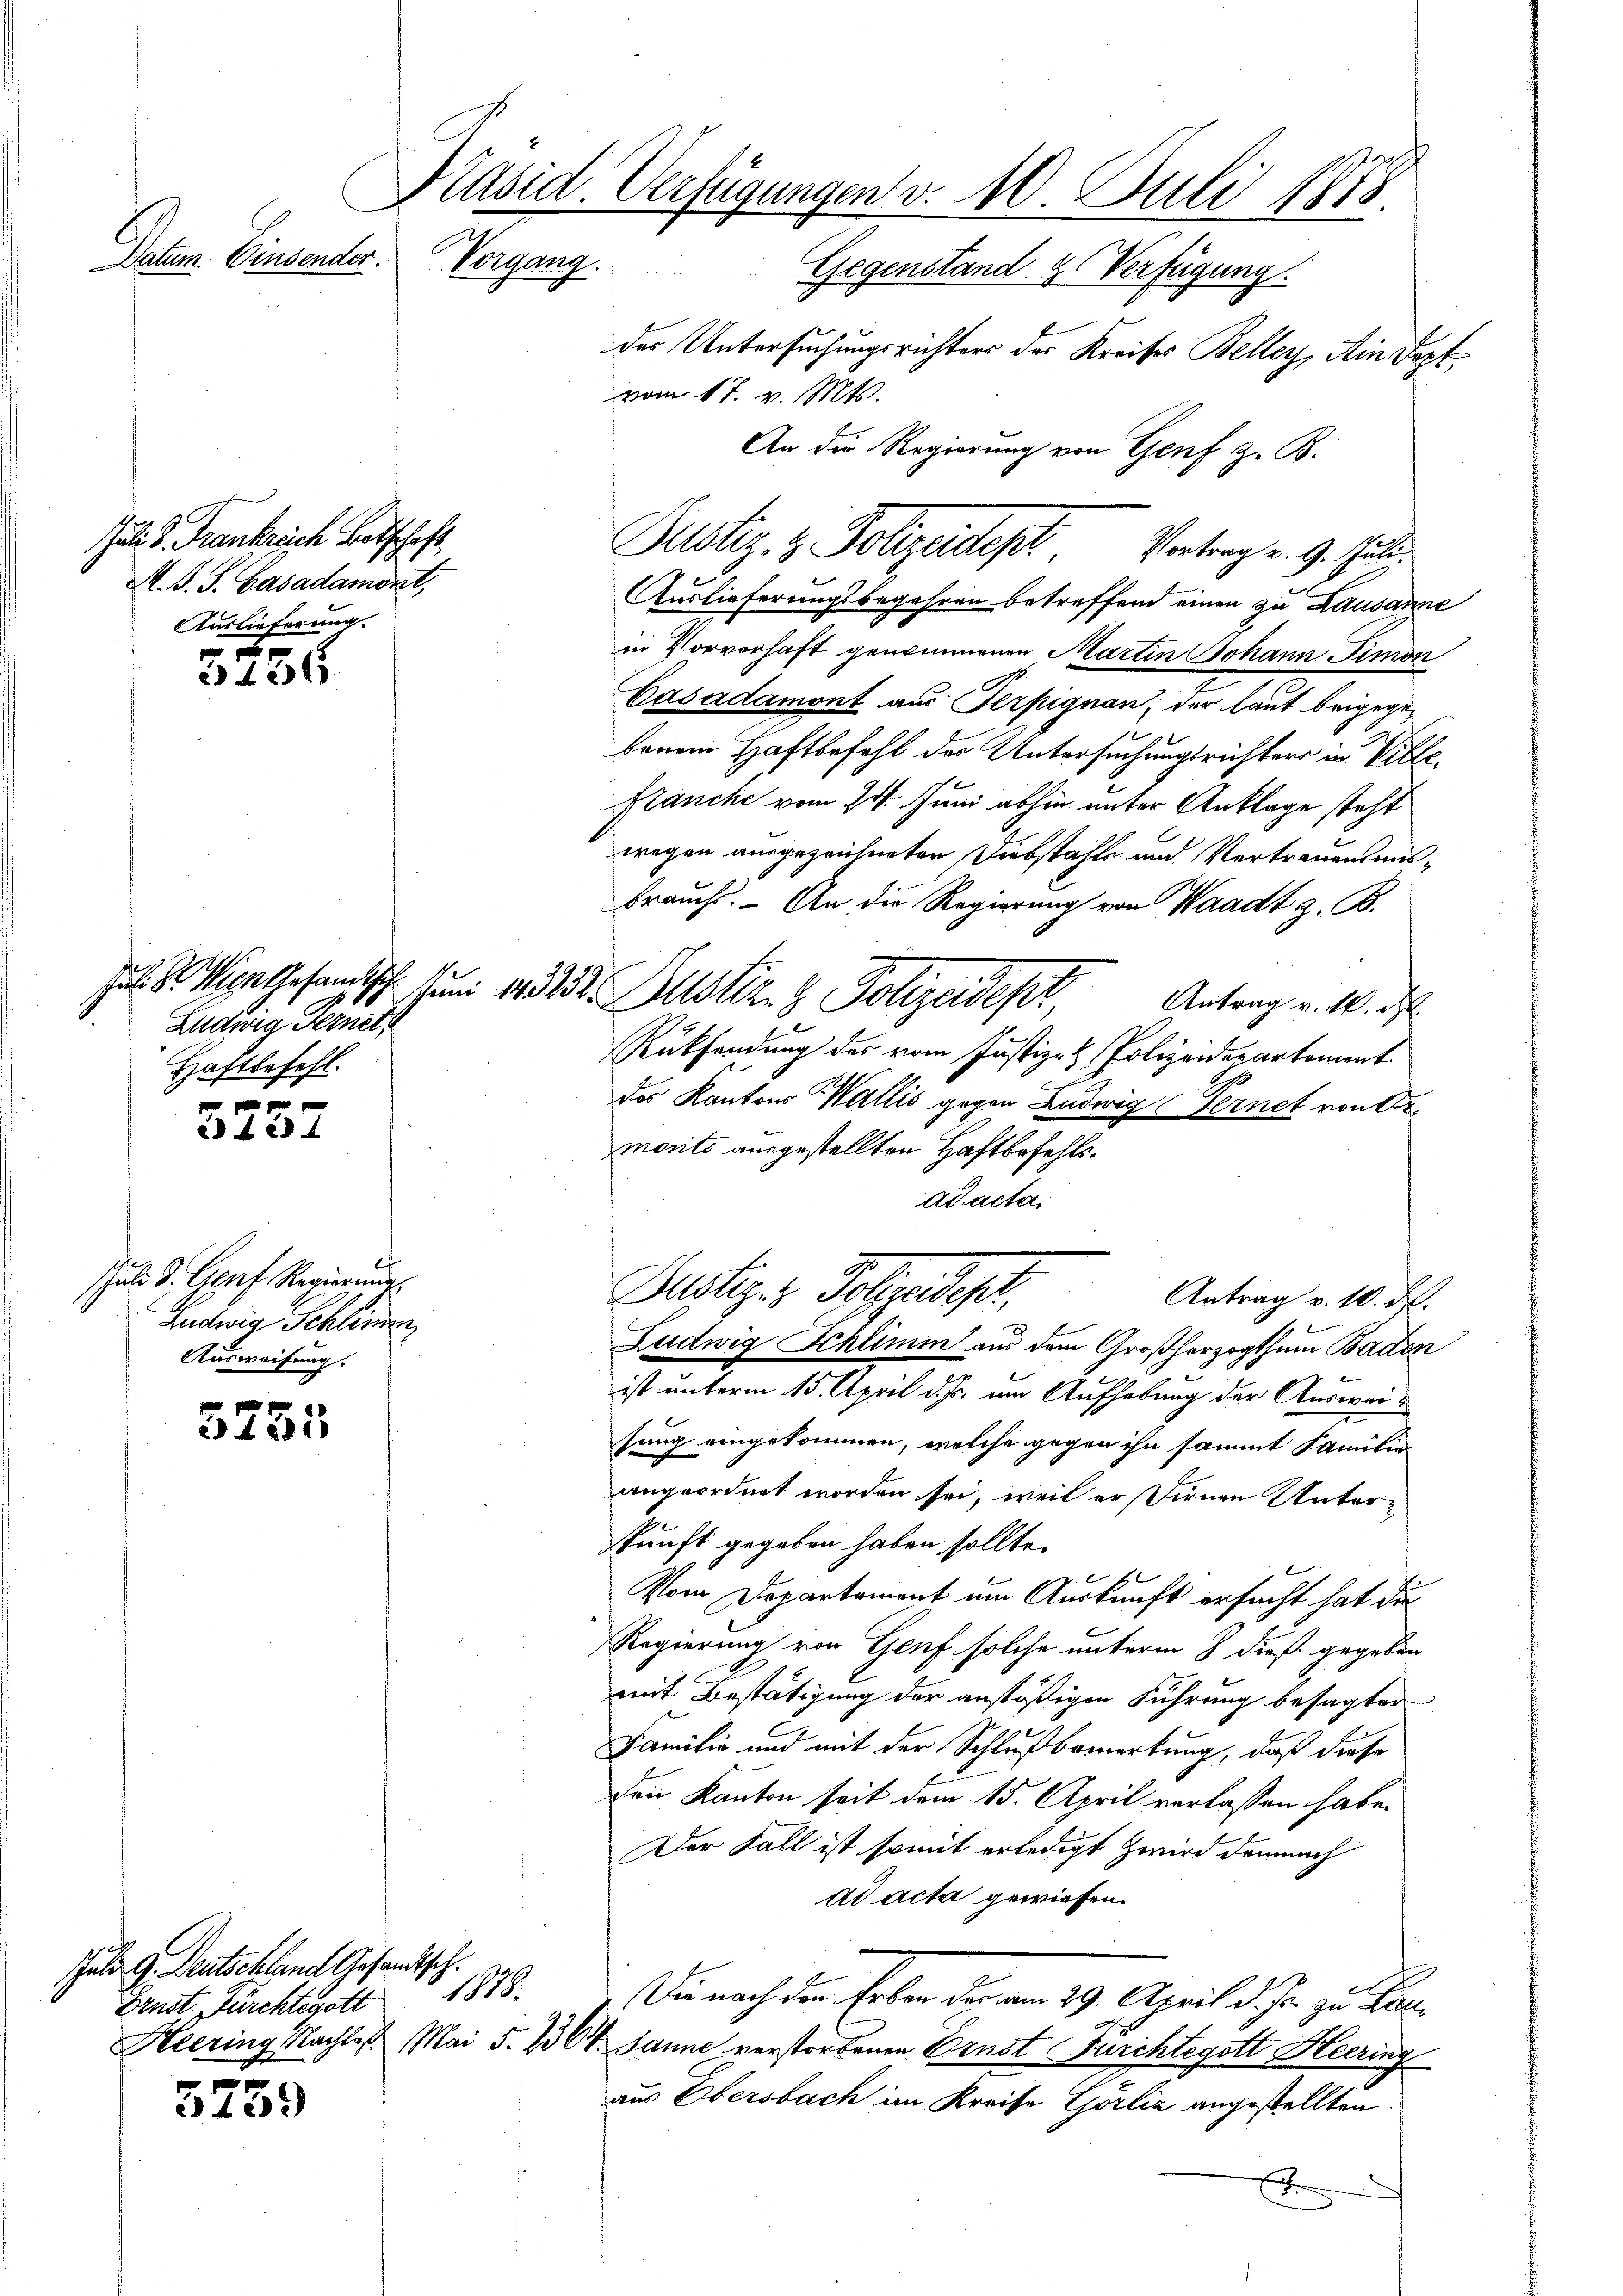
Datum. Einsender.

Juli d. Frankreich Botschaft,
M. J. S. Casadament,
Auslieferung.

2
3436

Ludwig Fernet,
Haftbefehl.

2 f 23 x

Schuld d. Greif Regierung,
Ludwig Schlimmer
Ausweisung.

x
2 1891

5759

Präsid. Verfügungen v. 10. Juli 1818.
Vorgang.
Gegenstand & Verfügung.

Juli G. Deutschland Gesandtsch.
Fenst Fürchterott 1878.

des Untersuchungsrichters der Kreises Beller, Ain Pest
vom 17. v. Mts.
An die Regierung von Genf z. B.
Auslieferungsbegehren betreffend einen zu Lausanne
in Vorverhaft genommenen Martin Johann Simon
Casadamont aus Terpignan, der laut beigegebenem Haftbefehl der Untersuchungsrichters in Ville.
Franche vom 24. Juni abhin unter Anklage steht
wegen ausgezeichneten Diebstahle und Vertrauensmisbrauch. An die Regierung von Waadt z. B.
Antrag v. M. d
Rücksendung des vom Justiz- & Polizeidepartement
des Kantons Wallis gegen Ludwig Fernet von Ermonts ausgestellten Haftbefehls.
ad acta
Zustiz- & Polyedept,
Antrag v. 10. d.
Ludwig Schlimin aus dem Großherzogthum Baden
ist unterm 15. April d. Js. um Aufhebung der Ausweisung eingekommen, welche gegen ihn sammt Familie
angeordnet worden sei, weil er Firnen Unterkunft gegeben haben sollte.
Vom Departement um Auskunft ersucht hat die
Regierung von Genf solche unterm 8 dieß gegeben
mit Bestätigung der anstößigen Führung besagter
Familio und mit der Schlußbemerkung, daß diese
den Kanton seit dem 15. April verlassen habe.
Der Fall ist somit erledigt zwird demnach
ad acta gewiesen.
Die nach den Erben der am 29. April d. J. zu Par
Heering Nachtes. Mai 5. 1364. Janne verstorbenen Ernst Furchtegott Heering
aus Obersbach im Kreise Gorliz angestellten
J

Ju. 8. Weige Gesandtsch. 1. d. 232. Justiz & Polizeidest,

Justiz- & Polizeides Vertrag v. 9. Juli